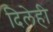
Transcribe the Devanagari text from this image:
दिलेही